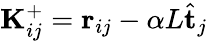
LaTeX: \mathbf{K}_{ij}^{+}=\mathbf{r}_{ij}-\alpha L\hat{\mathbf{t}}_{j}